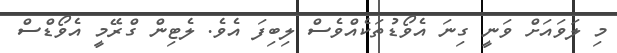
މި ލަވައަށް ވަނީ ގިނަ އެވޯޑުތަކެއްވެސް ލިބިފަ އެވެ. ލެޓިން ގްރޭމީ އެވޯޑްސް